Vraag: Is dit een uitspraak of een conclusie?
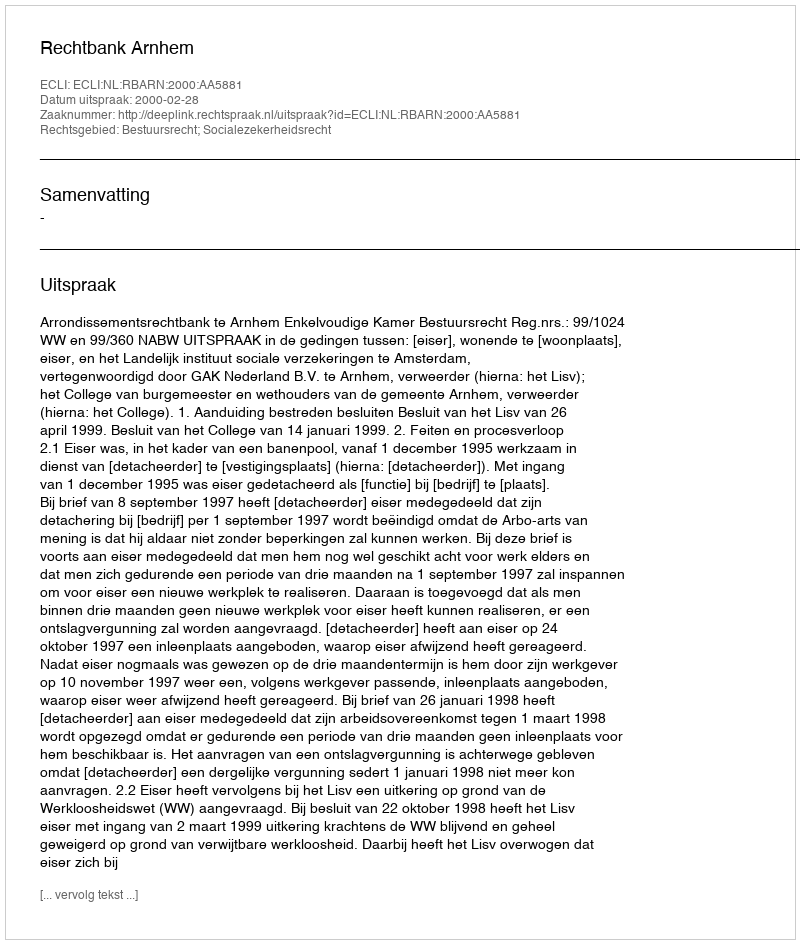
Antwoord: Uitspraak